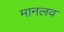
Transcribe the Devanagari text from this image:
मानलव